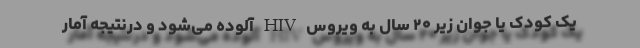
یک کودک یا جوان زیر ۲۰ سال به ویروس HIV آلوده می‌شود و درنتیجه آمار